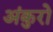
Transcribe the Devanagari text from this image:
अंकुरो